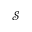
\mathcal { S }